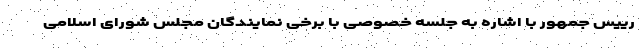
رییس جمهور با اشاره به جلسه خصوصی با برخی نمایندگان مجلس شورای اسلامی